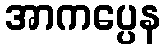
အာကပ္ပေန